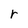
Character: r